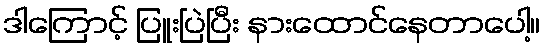
ဒါကြောင့် ပြူးပြဲပြီး နားထောင်နေတာပေါ့။